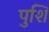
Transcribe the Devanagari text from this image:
पुशिं